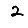
Digit: 2